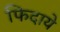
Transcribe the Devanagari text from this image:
फिदाये